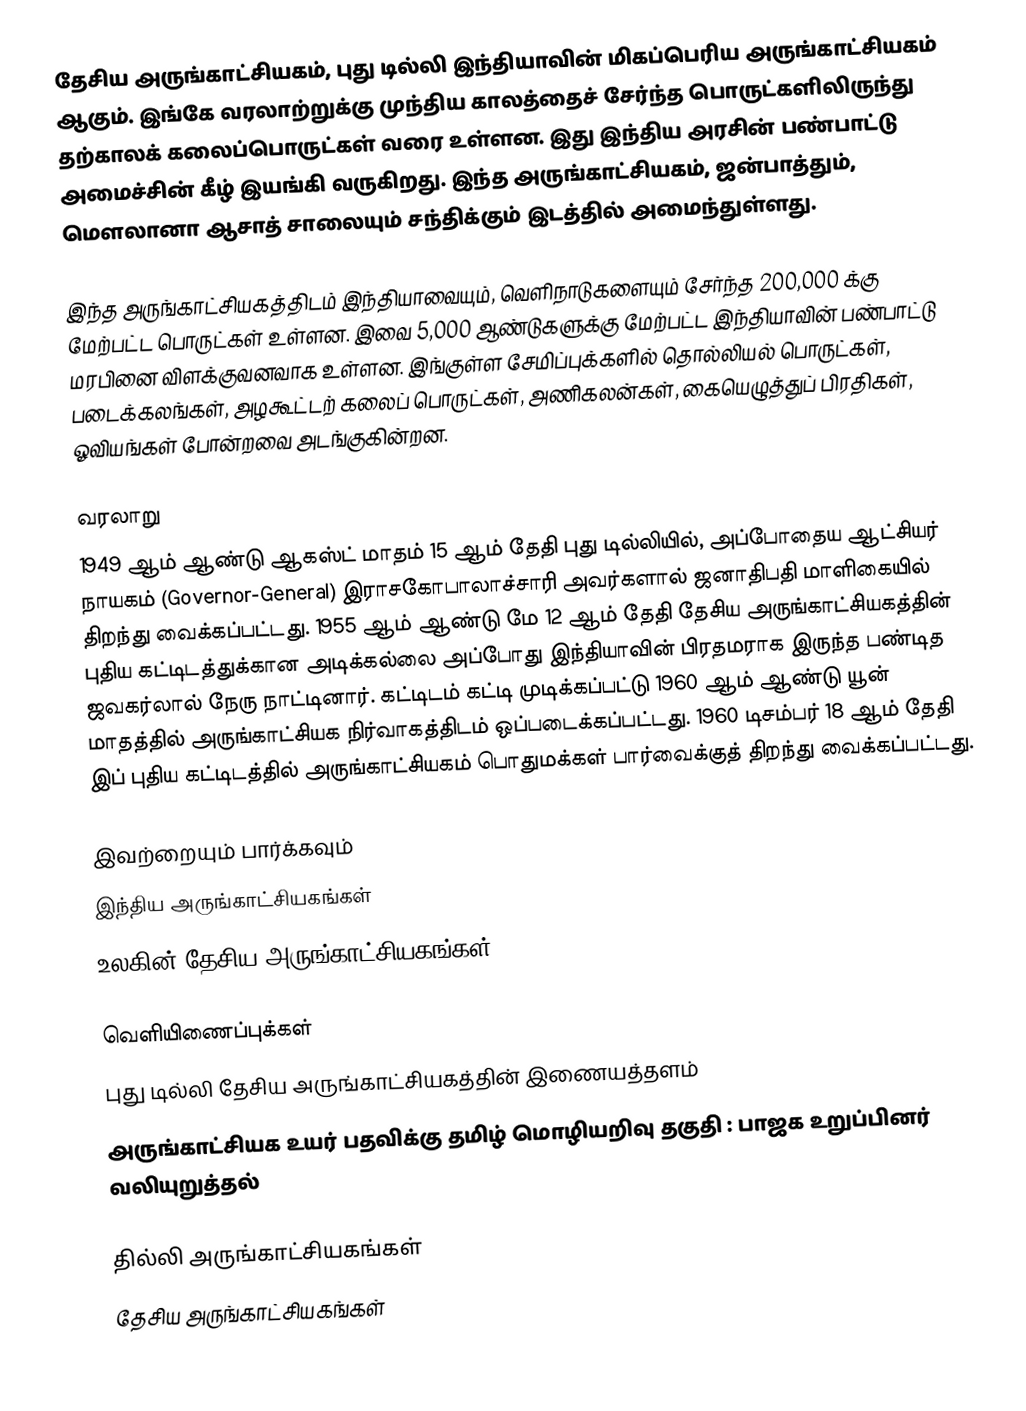
தேசிய அருங்காட்சியகம், புது டில்லி இந்தியாவின் மிகப்பெரிய அருங்காட்சியகம் ஆகும். இங்கே வரலாற்றுக்கு முந்திய காலத்தைச் சேர்ந்த பொருட்களிலிருந்து தற்காலக் கலைப்பொருட்கள் வரை உள்ளன. இது இந்திய அரசின் பண்பாட்டு அமைச்சின் கீழ் இயங்கி வருகிறது. இந்த அருங்காட்சியகம், ஜன்பாத்தும், மௌலானா ஆசாத் சாலையும் சந்திக்கும் இடத்தில் அமைந்துள்ளது.

இந்த அருங்காட்சியகத்திடம் இந்தியாவையும், வெளிநாடுகளையும் சேர்ந்த 200,000 க்கு மேற்பட்ட பொருட்கள் உள்ளன. இவை 5,000 ஆண்டுகளுக்கு மேற்பட்ட இந்தியாவின் பண்பாட்டு மரபினை விளக்குவனவாக உள்ளன. இங்குள்ள சேமிப்புக்களில் தொல்லியல் பொருட்கள், படைக்கலங்கள், அழகூட்டற் கலைப் பொருட்கள், அணிகலன்கள், கையெழுத்துப் பிரதிகள், ஓவியங்கள் போன்றவை அடங்குகின்றன.

வரலாறு
1949 ஆம் ஆண்டு ஆகஸ்ட் மாதம் 15 ஆம் தேதி புது டில்லியில், அப்போதைய ஆட்சியர் நாயகம் (Governor-General) இராசகோபாலாச்சாரி அவர்களால் ஜனாதிபதி மாளிகையில் திறந்து வைக்கப்பட்டது. 1955 ஆம் ஆண்டு மே 12 ஆம் தேதி தேசிய அருங்காட்சியகத்தின் புதிய கட்டிடத்துக்கான அடிக்கல்லை அப்போது இந்தியாவின் பிரதமராக இருந்த பண்டித ஜவகர்லால் நேரு நாட்டினார். கட்டிடம் கட்டி முடிக்கப்பட்டு 1960 ஆம் ஆண்டு யூன் மாதத்தில் அருங்காட்சியக நிர்வாகத்திடம் ஒப்படைக்கப்பட்டது. 1960 டிசம்பர் 18 ஆம் தேதி இப் புதிய கட்டிடத்தில் அருங்காட்சியகம் பொதுமக்கள் பார்வைக்குத் திறந்து வைக்கப்பட்டது.

இவற்றையும் பார்க்கவும்
 இந்திய அருங்காட்சியகங்கள்
 உலகின் தேசிய அருங்காட்சியகங்கள்

வெளியிணைப்புக்கள்
 புது டில்லி தேசிய அருங்காட்சியகத்தின் இணையத்தளம்
 அருங்காட்சியக உயர் பதவிக்கு தமிழ் மொழியறிவு தகுதி : பாஜக உறுப்பினர் வலியுறுத்தல்

தில்லி அருங்காட்சியகங்கள்
தேசிய அருங்காட்சியகங்கள்